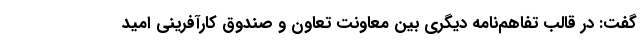
گفت: در قالب تفاهم‌نامه دیگری بین معاونت تعاون و صندوق کارآفرینی امید